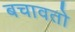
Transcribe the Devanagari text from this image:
बचावतो